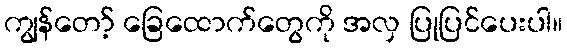
ကျွန်တော့် ခြေထောက်တွေကို အလှ ပြုပြင်ပေးပါ။